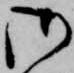
御